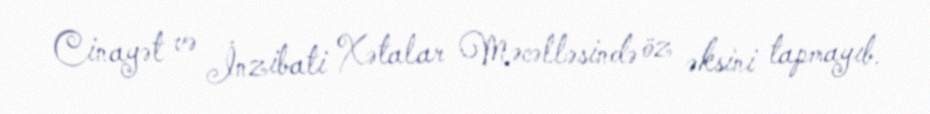
Cinayət və İnzibati Xətalar Məcəlləsində öz əksini tapmayıb.